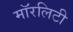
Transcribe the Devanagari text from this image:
मॉरलिटी